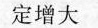
定增大